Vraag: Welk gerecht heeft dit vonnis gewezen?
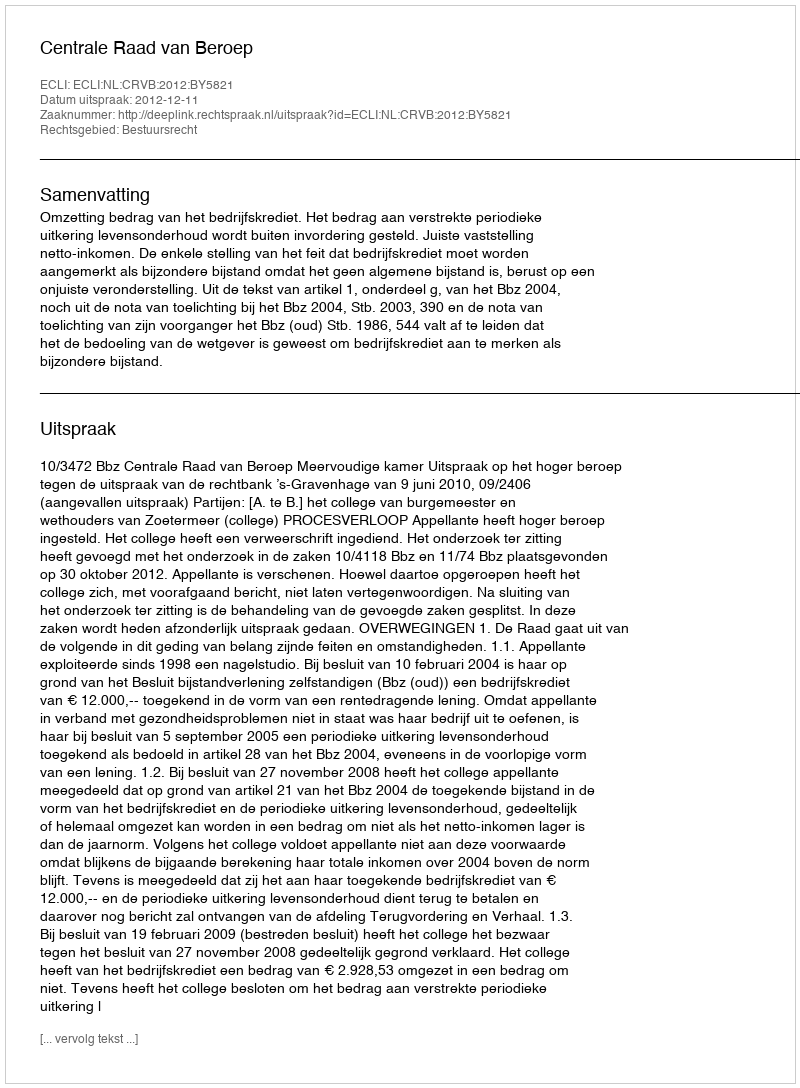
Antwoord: Centrale Raad van Beroep